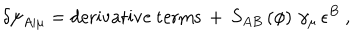
\delta \psi _ { A \vert \mu } = \mathrm { d e r i v a t i v e ~ t e r m s } \, + \, S _ { A B } \left( \phi \right) \, \gamma _ { \mu } \, \epsilon ^ { B } ~ ,